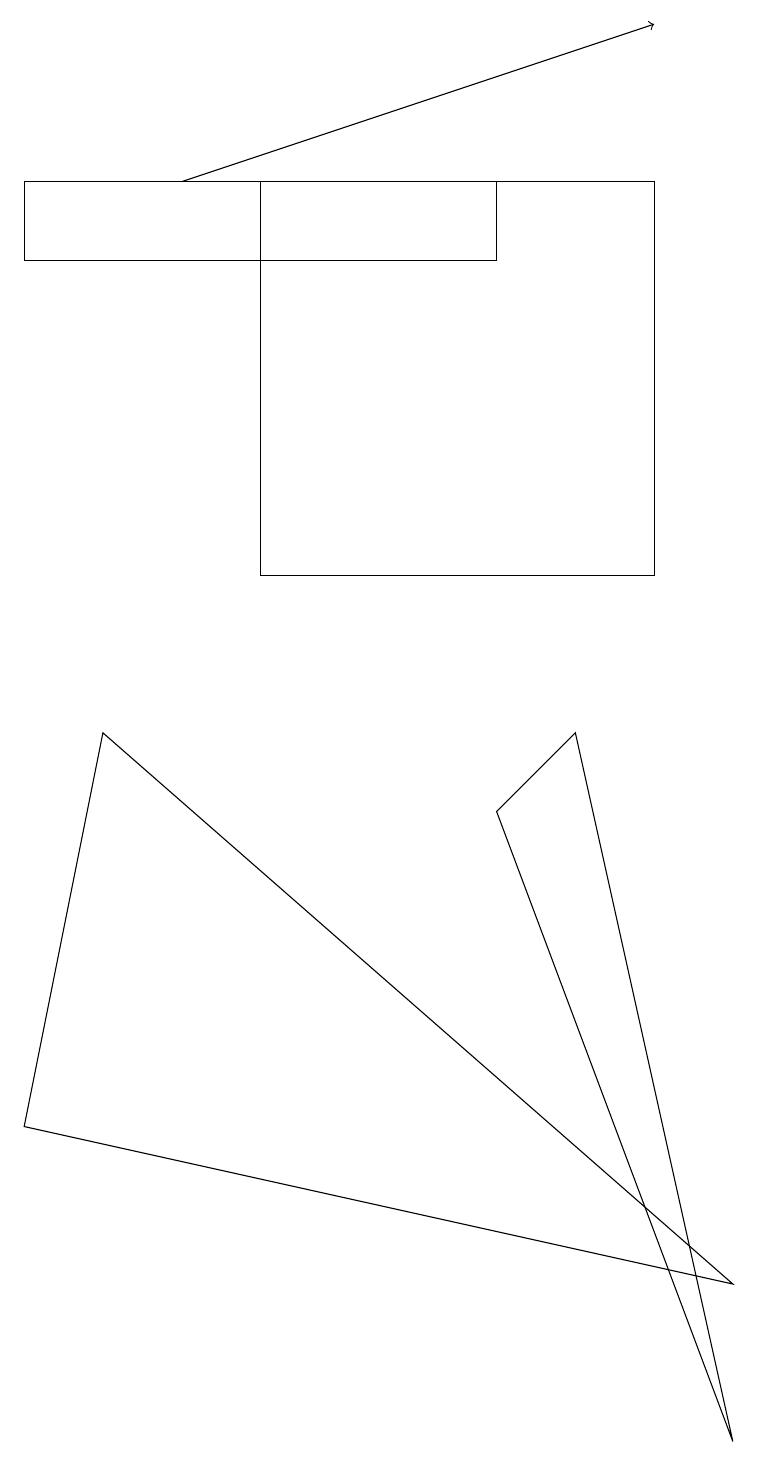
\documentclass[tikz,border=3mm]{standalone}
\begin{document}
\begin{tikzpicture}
\draw[->] (2,16) -- (8,18);
\draw (8,11) rectangle (3,16);
\draw (6,8) -- (9,0) -- (7,9) -- cycle;
\draw (0,15) rectangle (6,16);
\draw (1,9) -- (0,4) -- (9,2) -- cycle;
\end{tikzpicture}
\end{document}